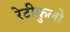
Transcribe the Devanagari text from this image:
रेटीकुलो